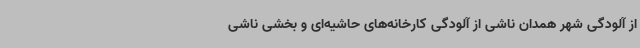
از آلودگی شهر همدان ناشی از آلودگی کارخانه‌های حاشیه‌ای و بخشی ناشی